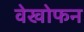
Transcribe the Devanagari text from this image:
वेखोफन